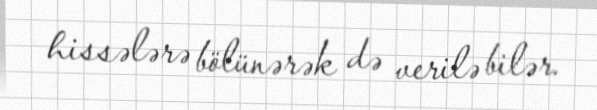
hissələrə bölünərək də verilə bilər.